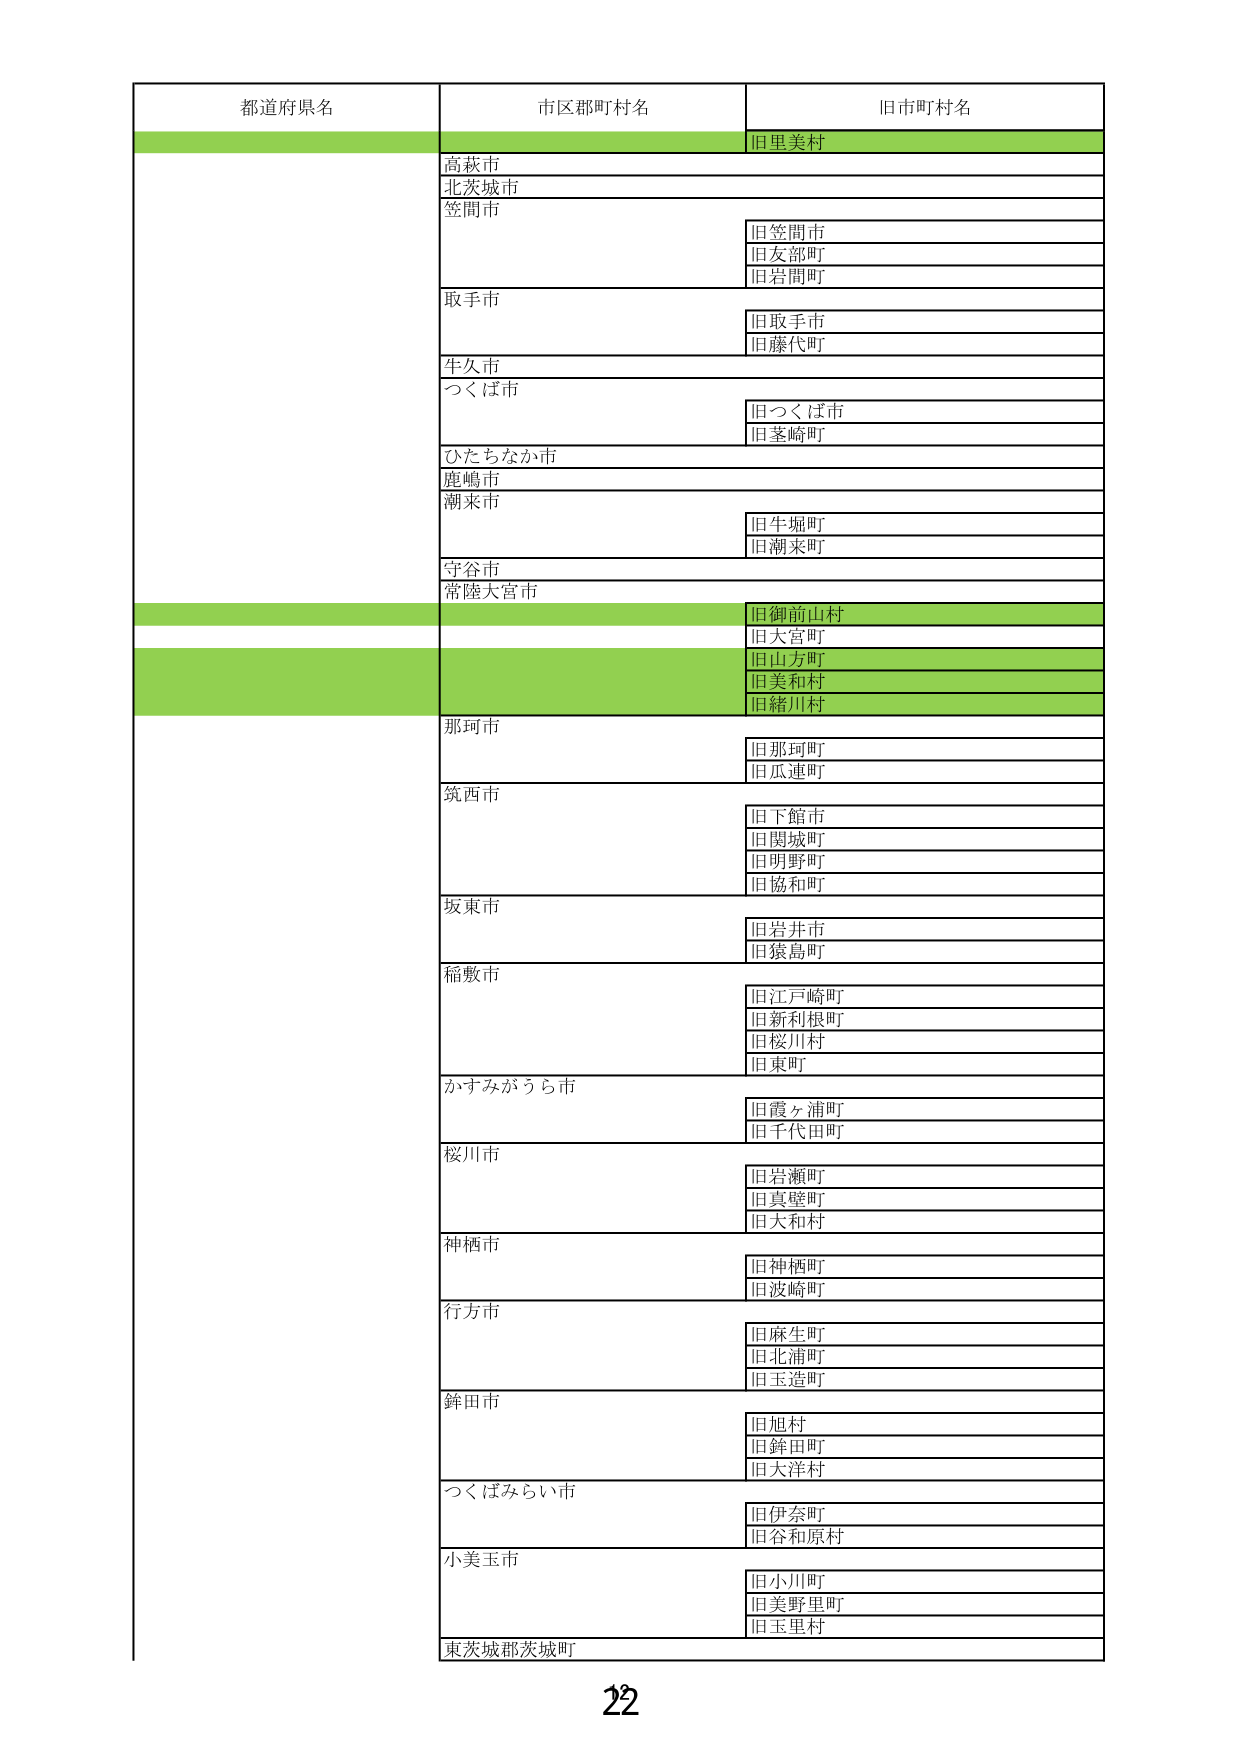
都道府県名
市区郡町村名
旧市町村名
旧里美村
高萩市
北茨城市
笠間市
旧笠間市
旧友部町
旧岩間町
取手市
旧取手市
旧藤代町
牛久市
つくば市
旧つくば市
旧茎崎町
ひたちなか市
鹿嶋市
潮来市
旧牛堀町
旧潮来町
守谷市
常陸大宮市
旧御前山村
旧大宮町
旧山方町
旧美和村
旧緒川村
那珂市
旧那珂町
旧瓜連町
筑西市
旧下館市
旧関城町
旧明野町
旧協和町
坂東市
旧岩井市
旧猿島町
稲敷市
旧江戸崎町
旧新利根町
旧桜川村
旧東町
かすみがうら市
旧霞ヶ浦町
旧千代田町
桜川市
旧岩瀬町
旧真壁町
旧大和村
神栖市
旧神栖町
旧波崎町
行方市
旧麻生町
旧北浦町
旧玉造町
鉾田市
旧旭村
旧鉾田町
旧大洋村
つくばみらい市
旧伊奈町
旧谷和原村
小美玉市
旧小川町
旧美野里町
旧玉里村
東茨城郡茨城町
22